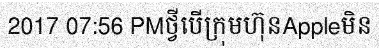
2017 07:56 PMថ្វីបើក្រុមហ៊ុនAppleមិន